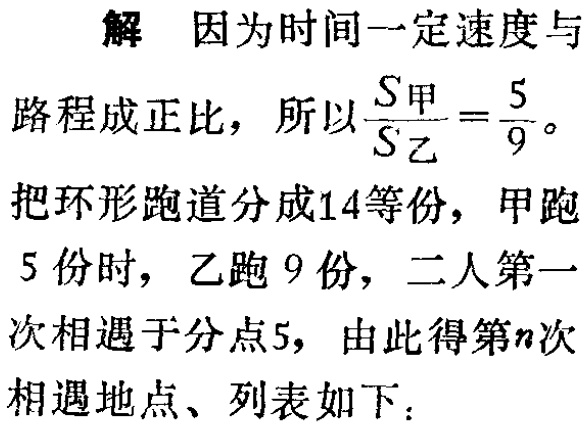
解 因为时间一定速度与

路程成正比，所以$\frac{S_{甲}}{S_{乙}}=\frac{5}{9}$。

把环形跑道分成14等份，甲跑

5 份时，乙跑 9 份，二人第一

次相遇于分点5，由此得第$n$次

相遇地点、列表如下：